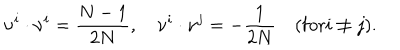
LaTeX: \nu ^ { i } \cdot \nu ^ { i } = { \frac { N - 1 } { 2 N } } , \quad \nu ^ { i } \cdot \nu ^ { j } = - { \frac { 1 } { 2 N } } \quad ( \mathrm { f o r } i \not = j ) .